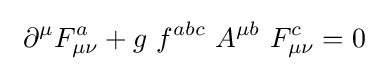
\ \partial ^{\mu }F_{\mu \nu }^{a}+g\ f^{abc}\ A^{\mu b}\ F_{\mu \nu }^{c}=0~